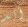
أند